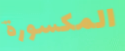
المكسورة